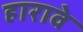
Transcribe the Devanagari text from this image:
हारावे